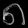
Digit: ၈